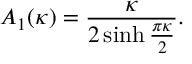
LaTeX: A _ { 1 } ( \kappa ) = \frac { \kappa } { 2 \sinh \frac { \pi \kappa } { 2 } } .